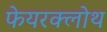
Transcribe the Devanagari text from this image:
फेयरक्लोथ